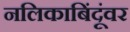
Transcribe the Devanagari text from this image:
नलिकाबिंदूंवर